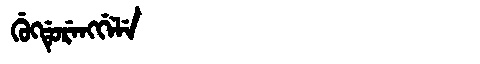
Manchu: ᡤᡠᡴᡩᡠᡵᡝᠩᡤᡝᠯᡝ
Romanization: GUKDURENGGELE